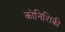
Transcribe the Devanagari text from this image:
कोनिशिकी